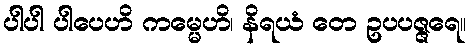
ပါပါ ပါပေဟိ ကမ္မေဟိ၊ နိရယံ တေ ဥပပဇ္ဇရေ။